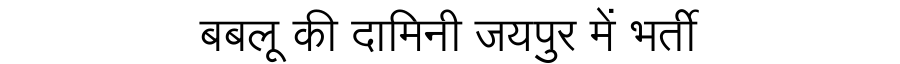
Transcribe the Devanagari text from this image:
बबलू की दामिनी जयपुर में भर्ती